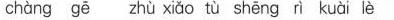
chàng gě zhù xiǎo tù shēng rì kuài lè